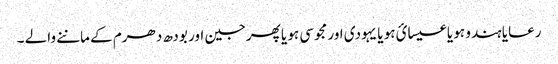
رعایا ہندو ہو یا عیسائ ہو یا یہودی اور مجوسی ہو یا پھرجین اور بودھ دھرم کے ماننے والے ۔